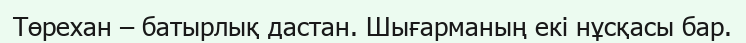
Төрехан – батырлық дастан. Шығарманың екі нұсқасы бар.